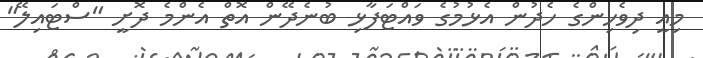
މިއީ ދިވެހިންގެ ހެދުން އެޅުމުގެ ވައްޓަފާޅި ބުނެދޭން އޮތް އެންމެ ދޮށީ "ސްޓައިލޭ"